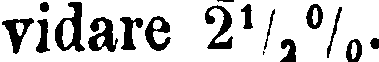
vidare 2½%.